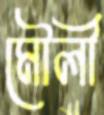
মৌলী